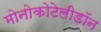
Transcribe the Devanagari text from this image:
मोनोकोटेलीडॉन